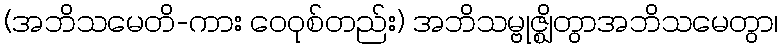
(အဘိသမေတိ-ကား ဝေဝုစ်တည်း) အဘိသမ္ဗုဇ္ဈိတွာအဘိသမေတွာ၊